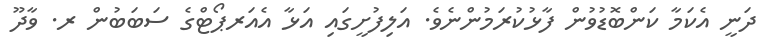
ދަނީ އެކަމާ ކަންބޮޑުވުން ފާޅުކުރަމުންނެވެ. އަލިފުށީގައި އަޅާ އެއަރޕޯޓްގެ ސަބަބުން ރ. ވާދޫ